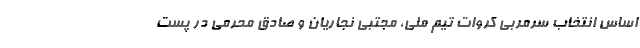
اساس انتخاب سرمربی کروات تیم ملی، مجتبی نجاریان و صادق محرمی در پست